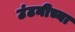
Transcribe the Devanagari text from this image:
उंटनीच्या